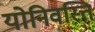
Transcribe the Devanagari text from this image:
योनिवस्ति